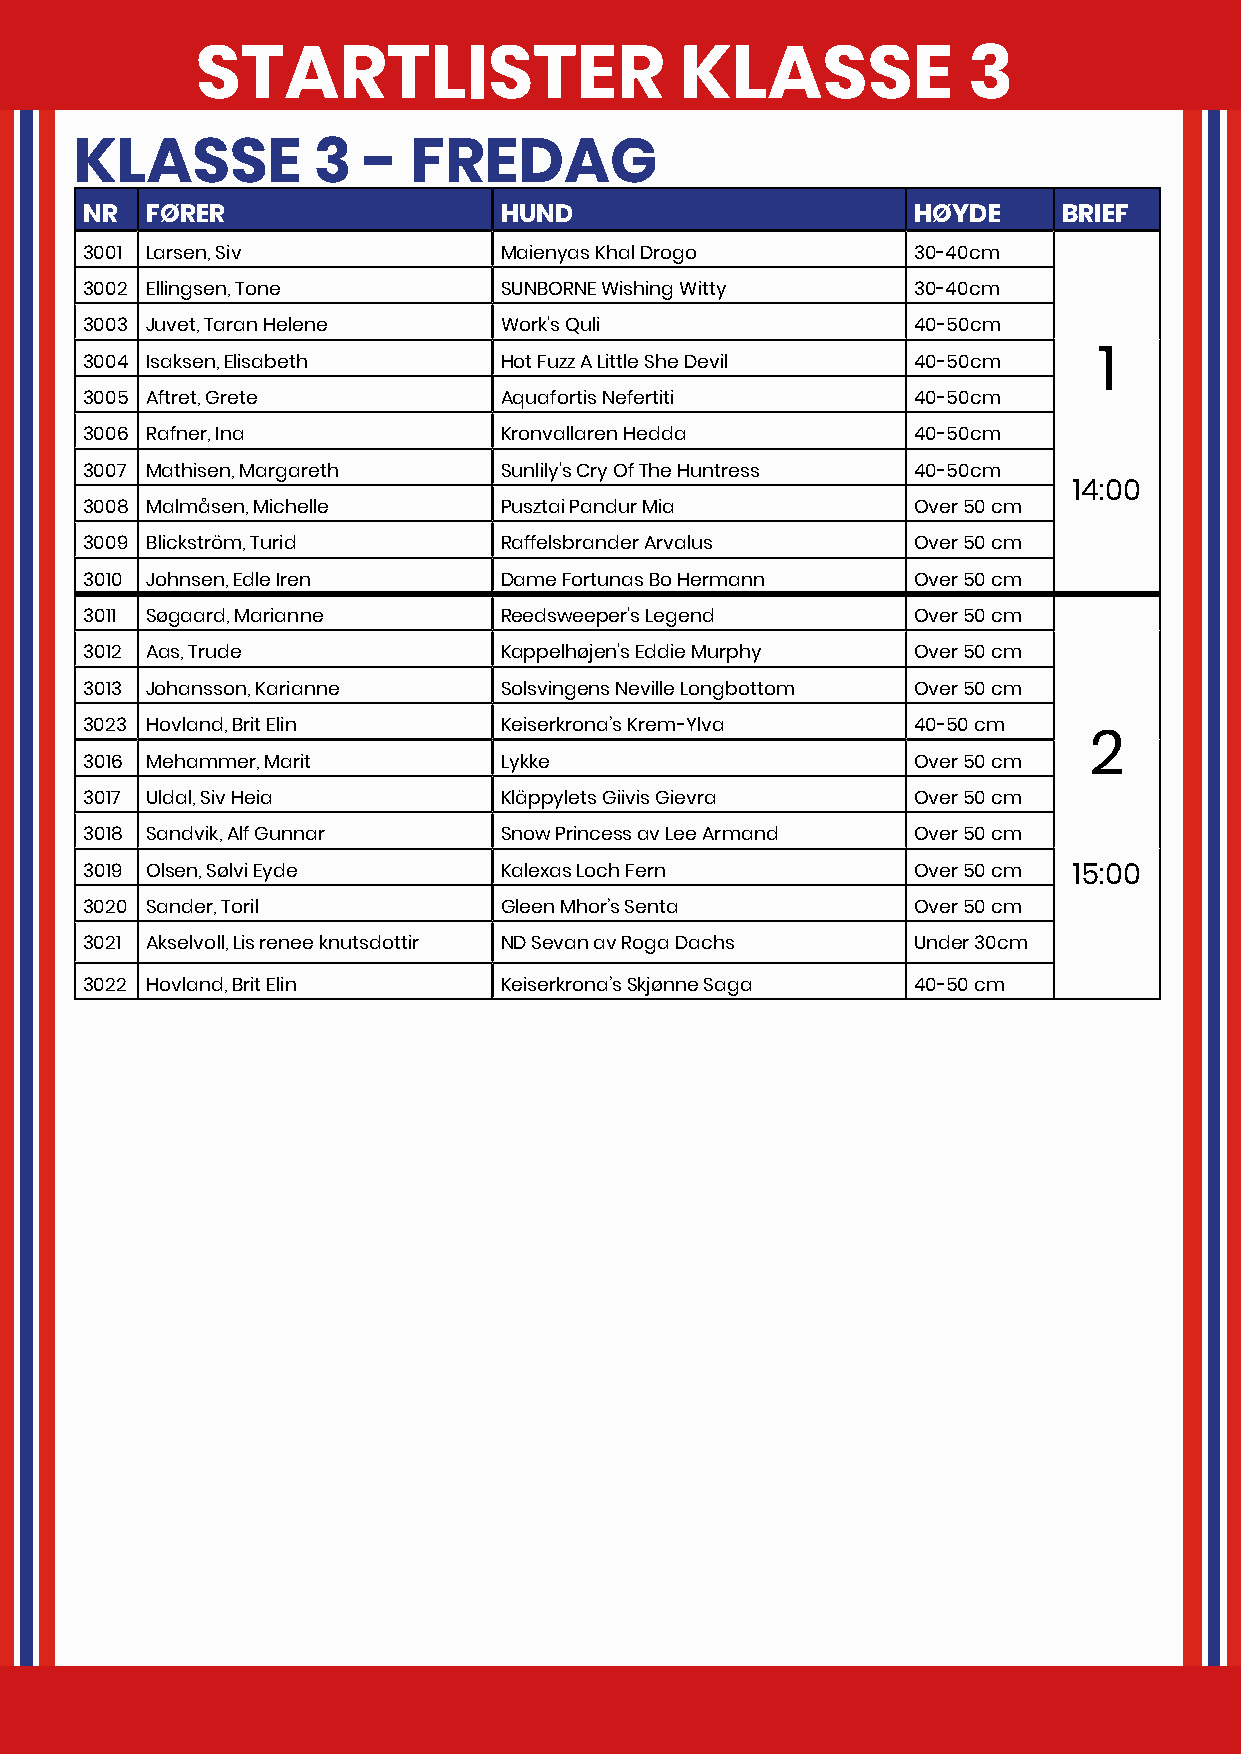
STARTLISTER                     KLASSE             3
 KLASSE          3  -  FREDAG
 NR   FØRER                  HUND                        HØYDE    BRIEF
 3001 Larsen, Siv            Maienyas Khal Drogo         30-40cm
 3002 Ellingsen, Tone        SUNBORNE Wishing Witty      30-40cm
 3003 Juvet, Taran Helene    Work's Quli                 40-50cm
 3004 Isaksen, Elisabeth     Hot Fuzz A Little She Devil 40-50cm     1
 3005 Aftret, Grete          Aquafortis Nefertiti        40-50cm
 3006 Rafner, Ina            Kronvallaren Hedda          40-50cm
 3007 Mathisen, Margareth    Sunlily's Cry Of The Huntress 40-50cm
 14:00
 3008 Malmåsen, Michelle     Pusztai Pandur Mia          Over 50 cm
 3009 Blickström, Turid      Raffelsbrander Arvalus      Over 50 cm
 3010 Johnsen, Edle Iren     Dame Fortunas Bo Hermann    Over 50 cm
 3011 Søgaard, Marianne      Reedsweeper's Legend        Over 50 cm
 3012 Aas, Trude             Kappelhøjen's Eddie Murphy  Over 50 cm
 3013 Johansson, Karianne    Solsvingens Neville Longbottom Over 50 cm
 3023 Hovland, Brit Elin     Keiserkrona’s Krem-Ylva     40-50 cm
 2
 3016 Mehammer, Marit        Lykke                       Over 50 cm
 3017 Uldal, Siv Heia        Kläppylets Giivis Gievra    Over 50 cm
 3018 Sandvik, Alf Gunnar    Snow Princess av Lee Armand Over 50 cm
 3019 Olsen, Sølvi Eyde      Kalexas Loch Fern           Over 50 cm 15:00
 3020 Sander, Toril          Gleen Mhor’s Senta          Over 50 cm
 3021 Akselvoll, Lis renee knutsdottir ND Sevan av Roga Dachs Under 30cm
 3022 Hovland, Brit Elin     Keiserkrona’s Skjønne Saga  40-50 cm